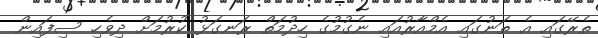
ތެރޭގައި އެ ތަނުގައި އެމްއާރުއައި ނެގުމުގެ ހިދުމަތް ރަނގަޅު ކުރުމަށް ދިވެހި ސިފައިން